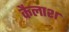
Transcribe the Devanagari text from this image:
कैलाश